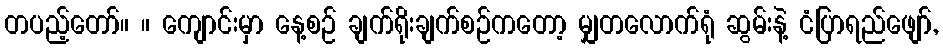
တပည့်တော်။ ။ ကျောင်းမှာ နေ့စဉ် ချက်ရိုးချက်စဉ်ကတော့ မျှတလောက်ရုံ ဆွမ်းနဲ့ ငံပြာရည်ဖျော်,